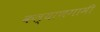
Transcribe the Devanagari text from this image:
कल्याणगामी